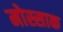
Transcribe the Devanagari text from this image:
मोस्साक